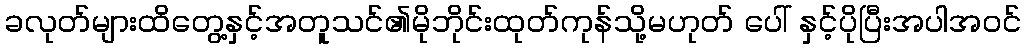
ခလုတ်များထိတွေ့နှင့်အတူသင်၏မိုဘိုင်းထုတ်ကုန်သို့မဟုတ် ပေါ် နှင့်ပိုပြီးအပါအဝင်